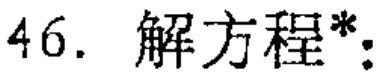
46. 解方程*：